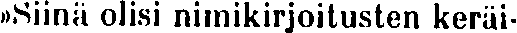
»Siinä olisi nimikirjoitusten keräi-